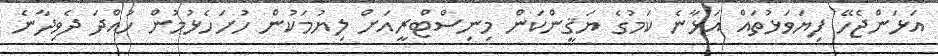
އަޅަންޖެހޭ ފިޔަވަޅުތައް އަޅާނެ ކަމުގެ ޔަޤީންކަން މިނިސްޓްރީއަށް ލިޔުމަކުން ހުށަހެޅުމުން ހުއްދަ ދެވިދާނެ